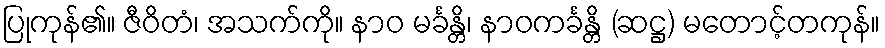
ပြုကုန်၏။ ဇီဝိတံ၊ အသက်ကို။ နာဝ မင်္ခန္တိ၊ နာဝကင်္ခန္တိ (ဆဋ္ဌ) မတောင့်တကုန်။